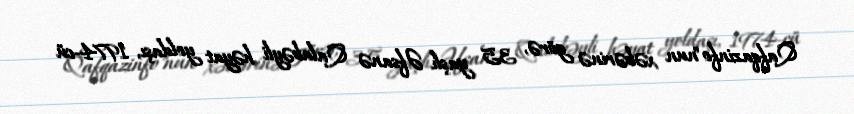
Qafqazinfo"nun xəbərinə görə, 35 yaşlı Əfsanə Qalabəyli həyat yoldaşı, 1974-cü